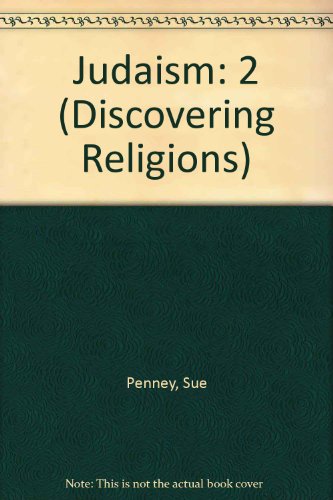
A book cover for Judaism (Discovering Religions); Sue Penney; Teen & Young Adult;